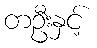
တဦးနှင့်